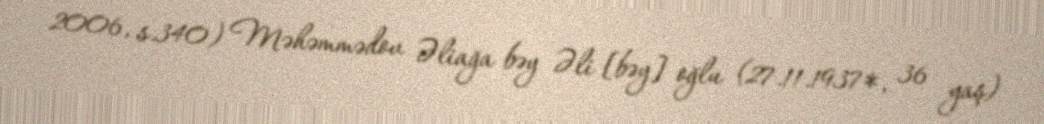
2006, s.340) Məhəmmədov Əliağa bəy Əli [bəy] oğlu (27.11.1937*, 36 yaş)